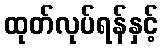
ထုတ်လုပ်ရန်နှင့်